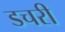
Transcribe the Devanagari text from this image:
डचरी